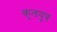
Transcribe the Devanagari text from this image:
कुलपुत्र